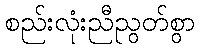
စည်းလုံးညီညွတ်စွာ